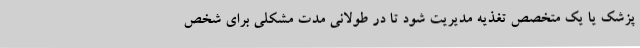
پزشک یا یک متخصص تغذیه مدیریت شود تا در طولانی مدت مشکلی برای شخص